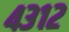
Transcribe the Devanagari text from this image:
४३१२